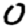
Digit: 0